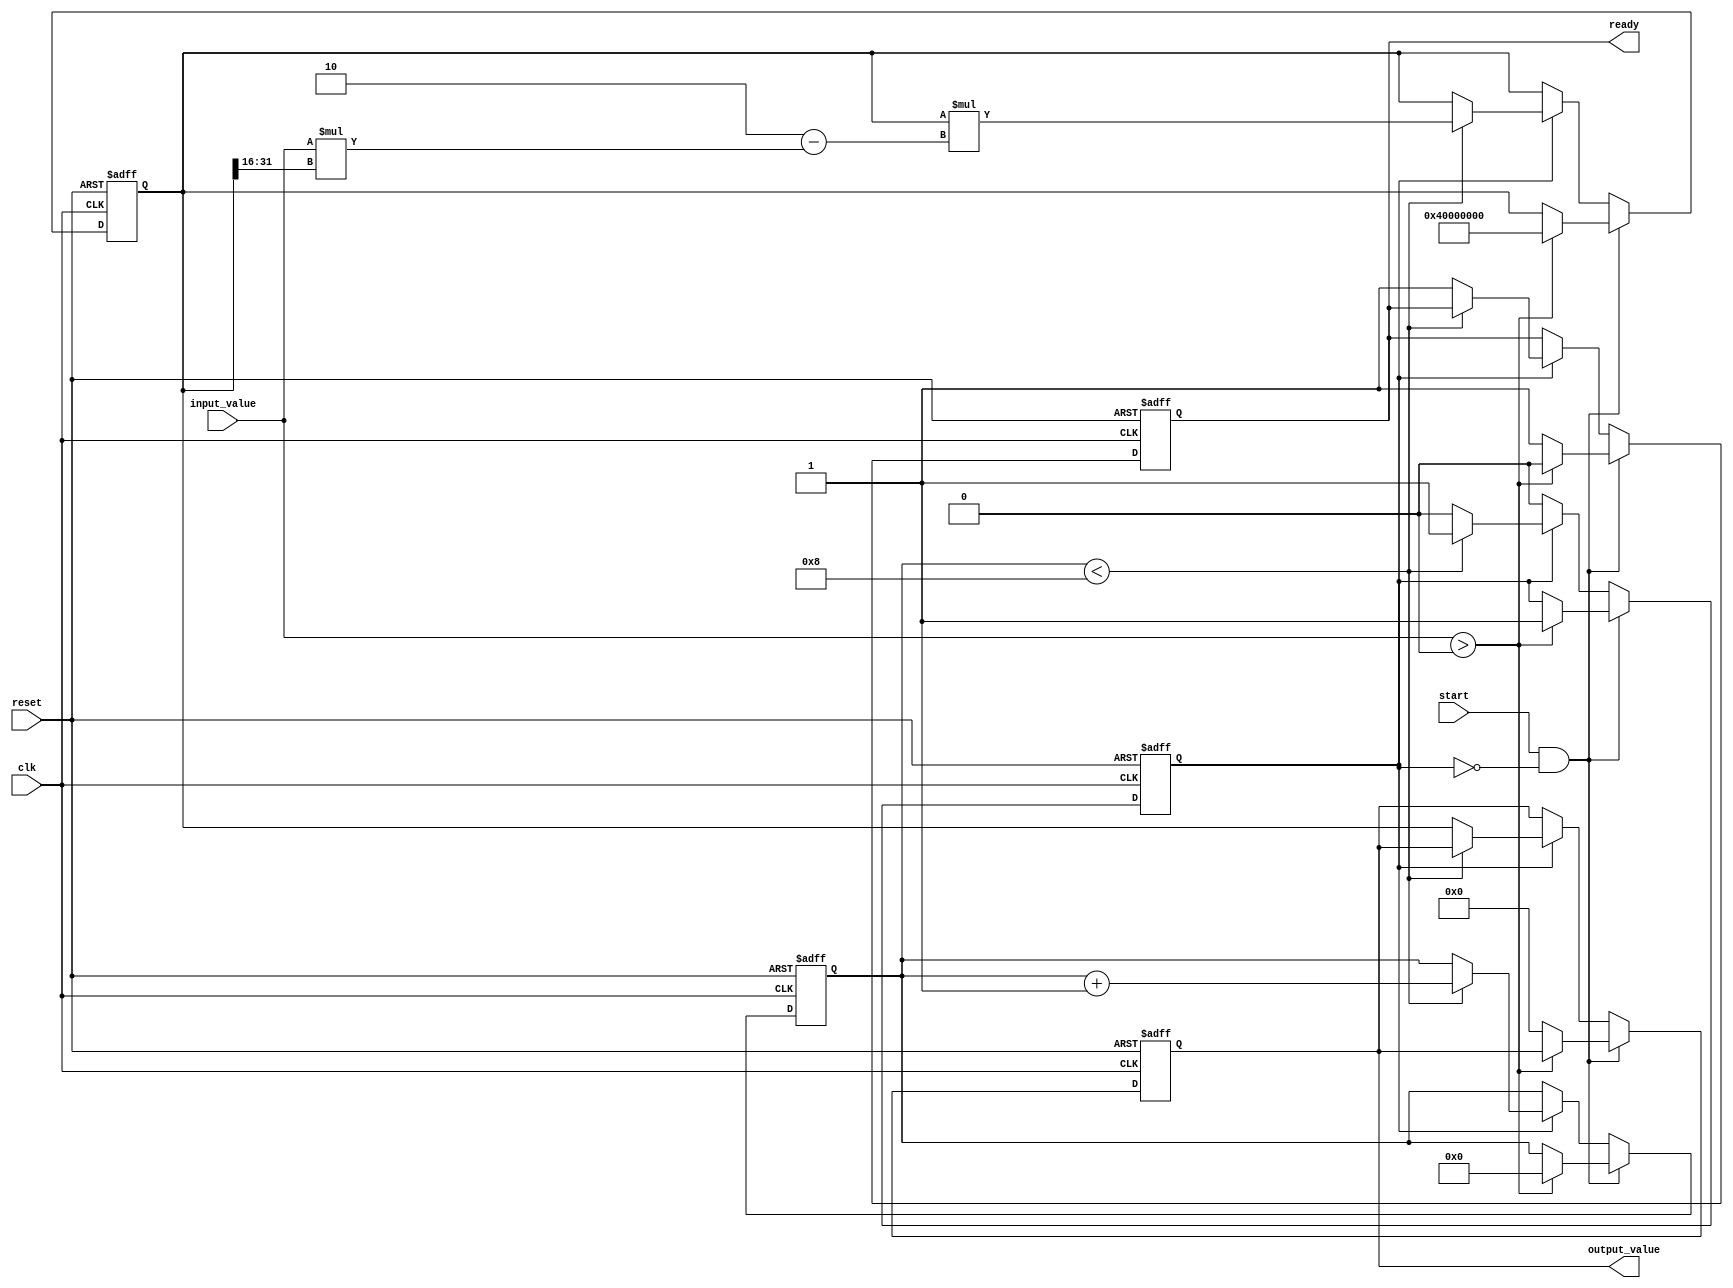
module binary_fractional_reciprocal #(
    parameter N = 16, // Input width
    parameter M = 32  // Output width (should be >= 2*N)
)(
    input wire clk,
    input wire reset,
    input wire start,
    input wire [N-1:0] input_value, // Binary fractional input
    output reg [M-1:0] output_value, // Binary fractional output
    output reg ready // Indicates when output is valid
);
    // Internal signals
    reg [M-1:0] x; // Current approximation of the reciprocal
    reg [3:0] iteration_count; // Counter for iterations
    reg computing; // Flag to indicate if computation is in progress

    // Constants
    localparam MAX_ITERATIONS = 8; // Maximum iterations for convergence

    always @(posedge clk or posedge reset) begin
        if (reset) begin
            output_value <= 0;
            ready <= 0;
            x <= 0;
            iteration_count <= 0;
            computing <= 0;
        end else begin
            if (start && !computing) begin
                // Start the computation
                if (input_value > 0) begin
                    x <= {1'b0, 1'b1, {M-2{1'b0}}}; // Initial guess: 1.0 in binary (M bits)
                    iteration_count <= 0;
                    computing <= 1;
                    ready <= 0;
                end else begin
                    // Handle invalid input (zero or negative)
                    output_value <= {M{1'b0}}; // Output zero for invalid input
                    ready <= 1;
                end
            end else if (computing) begin
                // Newton-Raphson iteration: x[n+1] = x[n] * (2 - input_value * x[n])
                if (iteration_count < MAX_ITERATIONS) begin
                    x <= x * ({1'b0, 2'b10} - input_value * x[M-1:N]);
                    iteration_count <= iteration_count + 1;
                end else begin
                    // Finished computing
                    output_value <= x;
                    ready <= 1;
                    computing <= 0;
                end
            end
        end
    end
endmodule